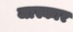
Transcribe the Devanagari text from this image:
जास्कार